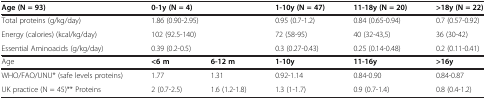
<table><thead><tr><td><b>Age (N = 93)</b></td><td colspan="2"><b>0-1y (N = 4)</b></td><td><b>1-10y (N = 47)</b></td><td><b>11-18y (N = 20)</b></td><td><b>&gt;18y (N = 22)</b></td></tr></thead><tbody><tr><td>Total proteins (g/kg/day)</td><td colspan="2">1.86 (0.90-2.95)</td><td>0.95 (0.7-1.2)</td><td>0.84 (0.65-0.94)</td><td>0.7 (0.57-0.92)</td></tr><tr><td>Energy (calories) (kcal/kg/day)</td><td colspan="2">102 (92.5-140)</td><td>72 (58-95)</td><td>40 (32-43,5)</td><td>36 (30-42)</td></tr><tr><td>Essential Aminoacids (g/kg/day)</td><td colspan="2">0.39 (0.2-0.5)</td><td>0.3 (0.27-0.43)</td><td>0.25 (0.14-0.48)</td><td>0.2 (0.11-0.41)</td></tr><tr><td>Age</td><td><b>&lt;6 m</b></td><td><b>6-12 m</b></td><td><b>1-10y</b></td><td><b>11-16y</b></td><td><b>&gt;16y</b></td></tr><tr><td>WHO/FAO/UNU* (safe levels proteins)</td><td>1.77</td><td>1.31</td><td>0.92-1.14</td><td>0.84-0.90</td><td>0.84-0.87</td></tr><tr><td>UK practice (N = 45)** Proteins</td><td>2 (0.7-2.5)</td><td>1.6 (1.2-1.8)</td><td>1.3 (1-1.7)</td><td>0.9 (0.7-1.4)</td><td>0.8 (0.4-1.2)</td></tr></tbody></table>